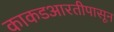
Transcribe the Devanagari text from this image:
काकडआरतीपासून